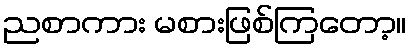
ညစာကား မစားဖြစ်ကြတော့။